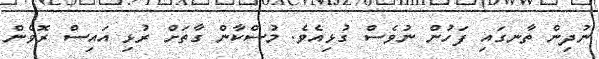
ނުދިން ތާނގައި ފަހުން ނުވެސް ގުޅިއެވެ. މުސްކާން ގާތަށް ރުޅި އައިސް ރޮވެން